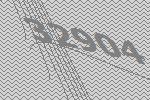
32904